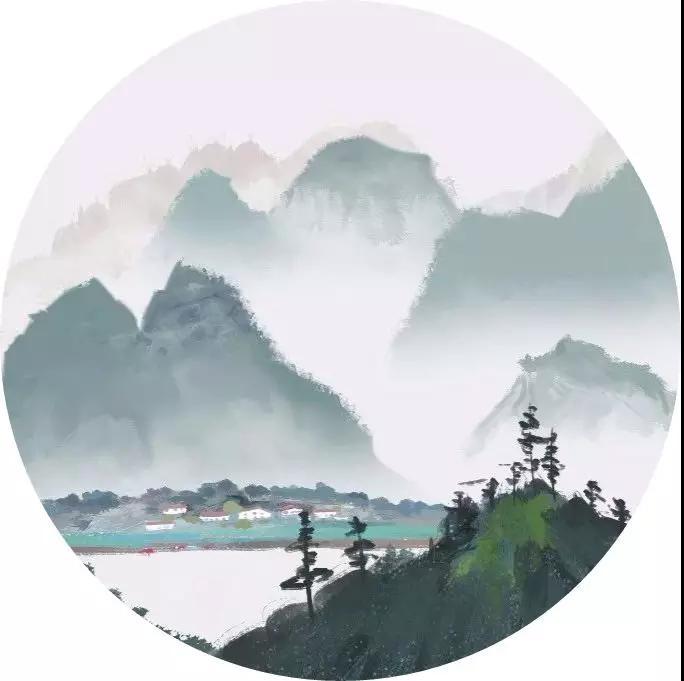
柔情似水，佳期如梦，忍顾鹊桥归路。